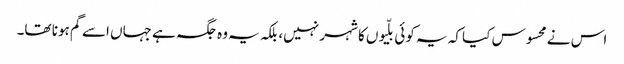
اس نے محسوس کیا کہ یہ کوئی بلّیوں کا شہر نہیں، بلکہ یہ وہ جگہ ہے جہاں اسے گم ہونا تھا۔